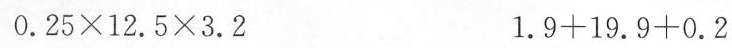
0.25×12.5×3.2 1.9+19.9+0.2